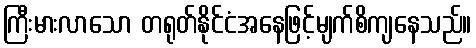
ကြီးမားလာသော တရုတ်နိုင်ငံအနေဖြင့်မျက်စိကျနေသည်။